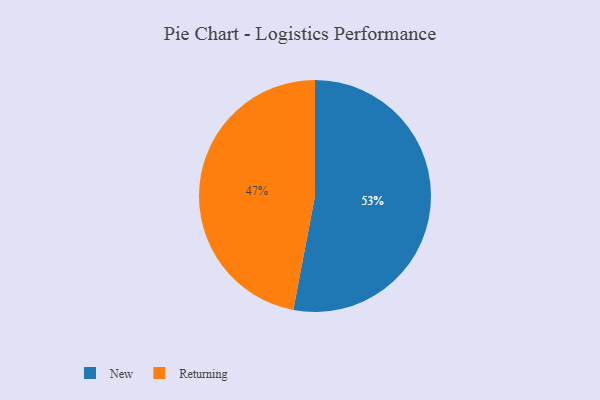
{"axis": {"x": "Category", "y": "Percentage"}, "legend": ["New", "Returning"], "data": [{"x": "New", "y": 53, "type": "New"}, {"x": "Returning", "y": 47, "type": "Returning"}]}